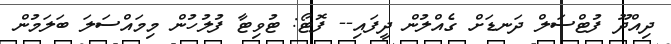
ދިއްދޫ ފުޓްސަލް ދަނޑަށް ގެއްލުން ދީފައި-- ފޮޓޯ: ޓުވިޓާ ފުލުހުން މިމައްސަލަ ބަލަމުން